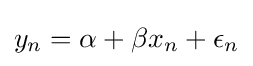
y_{n}=\alpha +\beta x_{n}+\epsilon _{n}